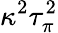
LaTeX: \kappa^{2}\tau_{\pi}^{2}